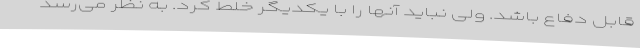
قابل دفاع باشد. ولی نباید آنها را با یکدیگر خلط کرد. به نظر می‌رسد